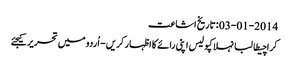
03-01-2014 :تاریخ اشاعت
کراچیطالبانہلاکپولیس اپنی رائے کا اظہار کریں - اُردو میں تحریر کیجئے